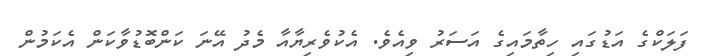
ފަލަކްގެ އަޑުގައި ހިތާމައިގެ އަސަރު ވިއެވެ. އެކުވެރިޔާއާ މެދު އޭނަ ކަންބޮޑުވާކަން އެކަމުން